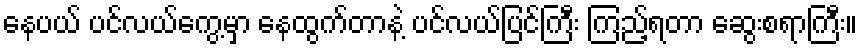
နေပယ် ပင်လယ်ကွေ့မှာ နေထွက်တာနဲ့ ပင်လယ်ပြင်ကြီး ကြည့်ရတာ ဆွေးစရာကြီး။